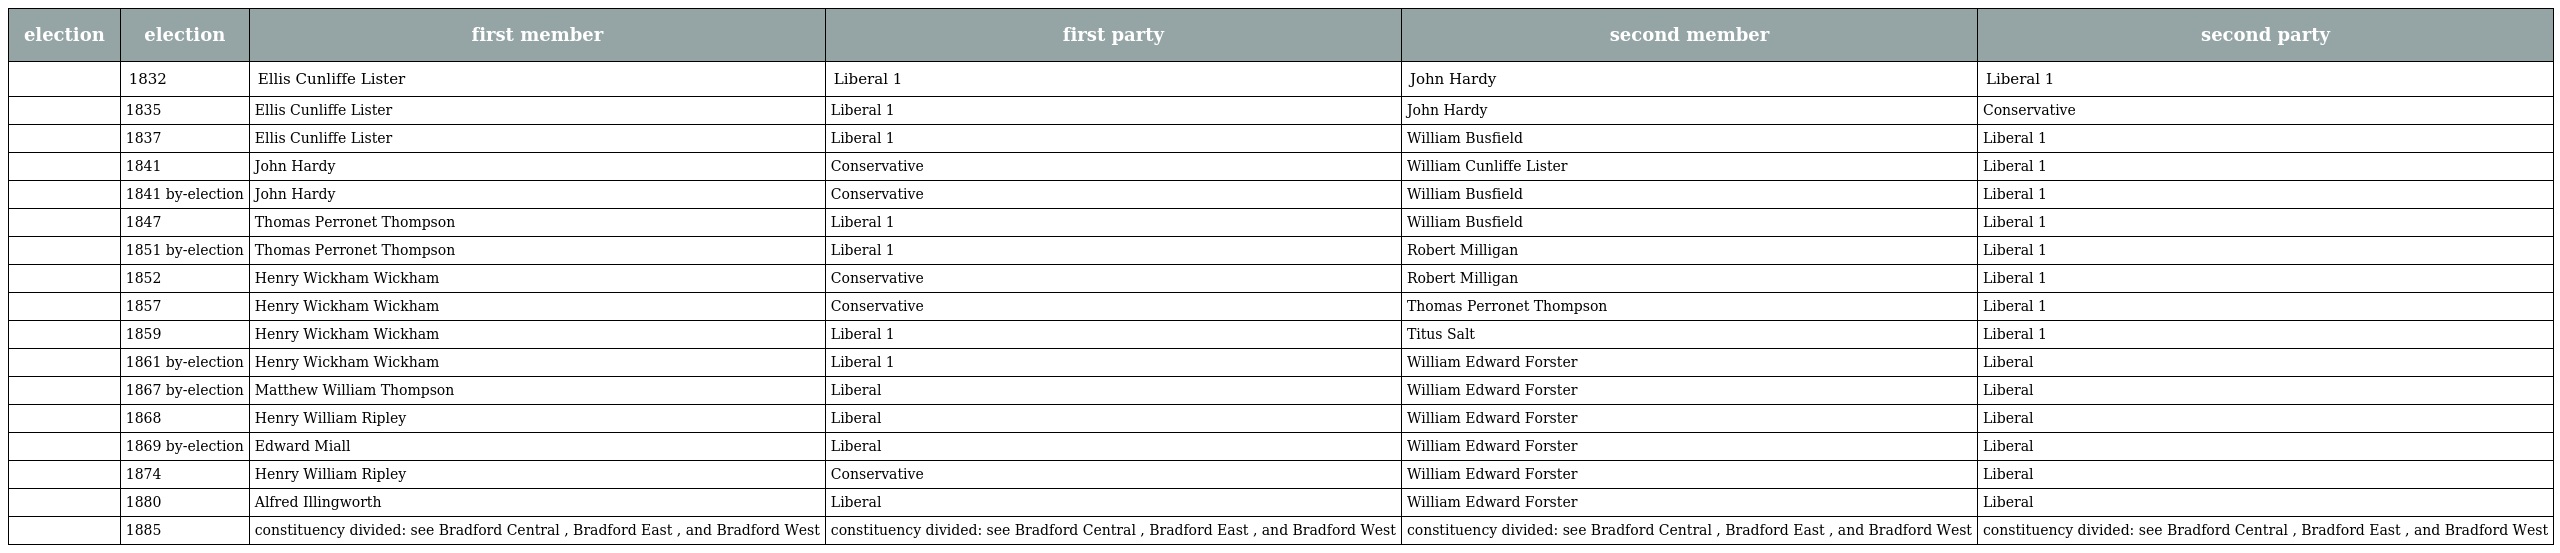
| election | election | first member | first party | second member | second party |
 | --- | --- | --- | --- | --- | --- |
 |  | 1832 | Ellis Cunliffe Lister | Liberal 1 | John Hardy | Liberal 1 |
 |  | 1835 | Ellis Cunliffe Lister | Liberal 1 | John Hardy | Conservative |
 |  | 1837 | Ellis Cunliffe Lister | Liberal 1 | William Busfield | Liberal 1 |
 |  | 1841 | John Hardy | Conservative | William Cunliffe Lister | Liberal 1 |
 |  | 1841 by-election | John Hardy | Conservative | William Busfield | Liberal 1 |
 |  | 1847 | Thomas Perronet Thompson | Liberal 1 | William Busfield | Liberal 1 |
 |  | 1851 by-election | Thomas Perronet Thompson | Liberal 1 | Robert Milligan | Liberal 1 |
 |  | 1852 | Henry Wickham Wickham | Conservative | Robert Milligan | Liberal 1 |
 |  | 1857 | Henry Wickham Wickham | Conservative | Thomas Perronet Thompson | Liberal 1 |
 |  | 1859 | Henry Wickham Wickham | Liberal 1 | Titus Salt | Liberal 1 |
 |  | 1861 by-election | Henry Wickham Wickham | Liberal 1 | William Edward Forster | Liberal |
 |  | 1867 by-election | Matthew William Thompson | Liberal | William Edward Forster | Liberal |
 |  | 1868 | Henry William Ripley | Liberal | William Edward Forster | Liberal |
 |  | 1869 by-election | Edward Miall | Liberal | William Edward Forster | Liberal |
 |  | 1874 | Henry William Ripley | Conservative | William Edward Forster | Liberal |
 |  | 1880 | Alfred Illingworth | Liberal | William Edward Forster | Liberal |
 |  | 1885 | constituency divided: see Bradford Central , Bradford East , and Bradford West | constituency divided: see Bradford Central , Bradford East , and Bradford West | constituency divided: see Bradford Central , Bradford East , and Bradford West | constituency divided: see Bradford Central , Bradford East , and Bradford West |